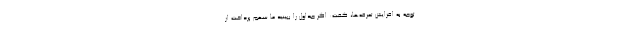
توجه به افزایش تعرفه‌ها، گفت: اگر جداول را ببینید ما سهم پرداخت از